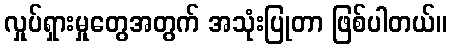
လှုပ်ရှားမှုတွေအတွက် အသုံးပြုတာ ဖြစ်ပါတယ်။